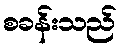
စခန်းသည်